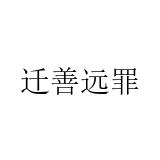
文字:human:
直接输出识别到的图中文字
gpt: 迁善远罪